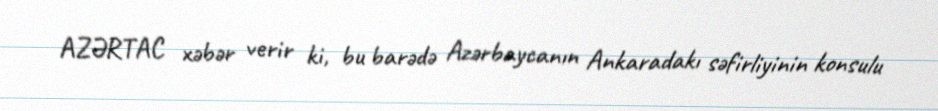
AZƏRTAC xəbər verir ki, bu barədə Azərbaycanın Ankaradakı səfirliyinin konsulu